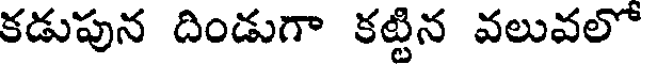
కడుపున దిండుగా కట్టిన వలువలో